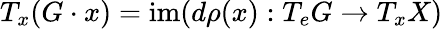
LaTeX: T_{x}(G\cdot x)=\operatorname{im}(d\rho(x):T_{e}G\to T_{x}X)